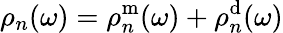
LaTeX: \rho_{n}(\omega)=\rho_{n}^{\mathrm{m}}(\omega)+\rho_{n}^{\mathrm{d}}(\omega)